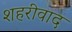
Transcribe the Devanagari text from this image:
शहरीवाद